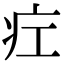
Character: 疘